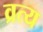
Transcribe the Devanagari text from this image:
व्रत्य